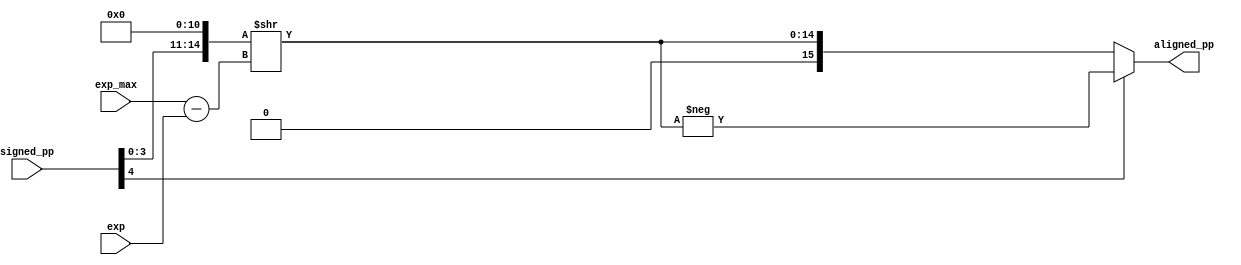
module alignment (input signed [4:0] exp, exp_max, signed_pp, 
                  output signed [15:0] aligned_pp);
                  
    wire signed [4:0] exp_diff;
    wire [14:0] pp_shifted;

    assign exp_diff = exp_max - exp;

    assign pp_shifted = {signed_pp[3:0], 11'b0} >> exp_diff;
      
    assign aligned_pp = (signed_pp[4])? -pp_shifted : {1'b0, pp_shifted};
      
endmodule